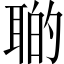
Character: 𦖡